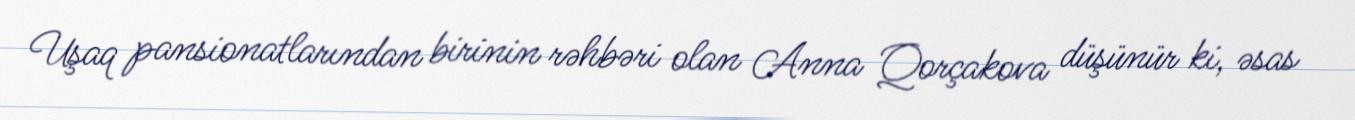
Uşaq pansionatlarından birinin rəhbəri olan Anna Qorçakova düşünür ki, əsas